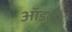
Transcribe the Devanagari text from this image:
ऑडली